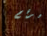
لرقم